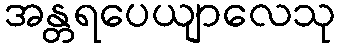
အန္တရပေယျာလေသု